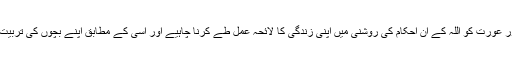
پس ہر مسلمان مرد اور عورت کو اللہ کے ان احکام کی روشنی میں اپنی زندگی کا لائحہ عمل طے کرنا چاہیے اور اسی کے مطابق اپنے بچوں کی تربیت کا اہتمام ہونا چاہیے۔